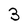
Character: 3